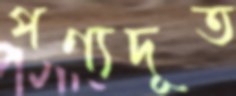
পণ্যদূত